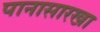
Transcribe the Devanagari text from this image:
पानासारखा